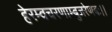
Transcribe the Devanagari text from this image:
हेरम्वचरणाम्बुजरेणबः।।